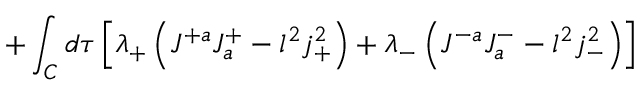
+ \int _ { C } d \tau \left[ \lambda _ { + } \left( J ^ { + a } J _ { a } ^ { + } - l ^ { 2 } j _ { + } ^ { 2 } \right) + \lambda _ { - } \left( J ^ { - a } J _ { a } ^ { - } - l ^ { 2 } j _ { - } ^ { 2 } \right) \right]